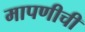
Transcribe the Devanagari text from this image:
मापणीची